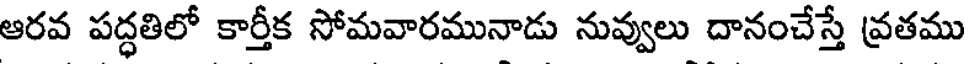
ఆరవ పద్ధతిలో కార్తీక సోమవారమునాడు నువ్వులు దానంచేస్తే వ్రతము